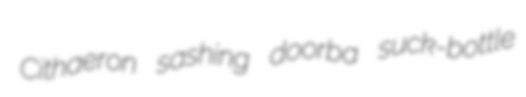
Cithaeron sashing doorba suck-bottle